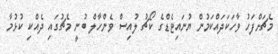
މެޗަށްފަހު ވާހަކަދައްކަމުން ޔުނައިޓެޑްގެ ކޯޗު ލުއިސް ވެންހާލް ބުނީ މެޗުގައި ދެއްކި ކުޅުމާ